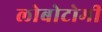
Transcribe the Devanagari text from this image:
लोबोटोमी